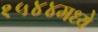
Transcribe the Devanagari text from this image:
१५४४मध्ये